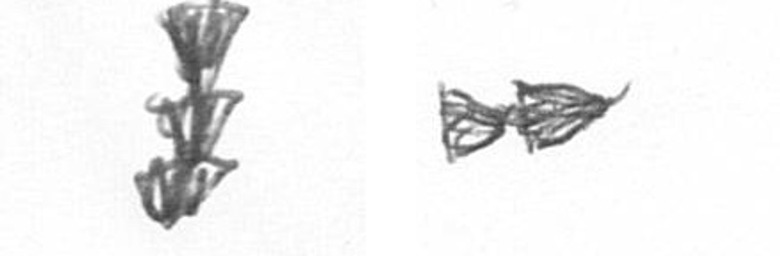
E A